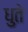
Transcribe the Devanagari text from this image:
धुते